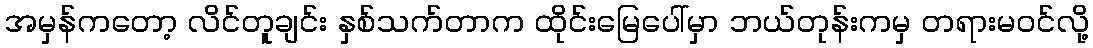
အမှန်ကတော့ လိင်တူချင်း နှစ်သက်တာက ထိုင်းမြေပေါ်မှာ ဘယ်တုန်းကမှ တရားမဝင်လို့